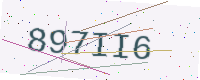
Text: 897II6